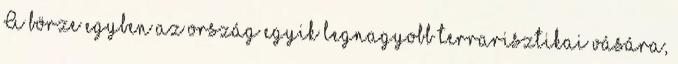
A börze egyben az ország egyik legnagyobb terrarisztikai vására,